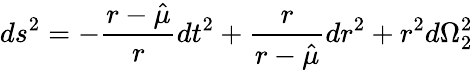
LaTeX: ds^{2}=-{\frac{r-\hat{\mu}}{r}}dt^{2}+{\frac{r}{r-\hat{\mu}}}dr^{2}+r^{2}d\Omega_{2}^{2}